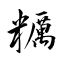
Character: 糲